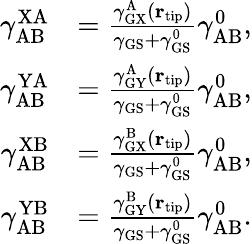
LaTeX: \begin{array}{rl}{\gamma_{\mathrm{AB}}^{\mathrm{XA}}}&{=\frac{\gamma_{\mathrm{GX}}^{\mathrm{A}}({\mathbf r}_{\mathrm{tip}})}{\gamma_{\mathrm{GS}}+\gamma_{\mathrm{GS}}^{0}}\gamma_{\mathrm{AB}}^{0},}\\ {\gamma_{\mathrm{AB}}^{\mathrm{YA}}}&{=\frac{\gamma_{\mathrm{GY}}^{\mathrm{A}}({\mathbf r}_{\mathrm{tip}})}{\gamma_{\mathrm{GS}}+\gamma_{\mathrm{GS}}^{0}}\gamma_{\mathrm{AB}}^{0},}\\ {\gamma_{\mathrm{AB}}^{\mathrm{XB}}}&{=\frac{\gamma_{\mathrm{GX}}^{\mathrm{B}}({\mathbf r}_{\mathrm{tip}})}{\gamma_{\mathrm{GS}}+\gamma_{\mathrm{GS}}^{0}}\gamma_{\mathrm{AB}}^{0},}\\ {\gamma_{\mathrm{AB}}^{\mathrm{YB}}}&{=\frac{\gamma_{\mathrm{GY}}^{\mathrm{B}}({\mathbf r}_{\mathrm{tip}})}{\gamma_{\mathrm{GS}}+\gamma_{\mathrm{GS}}^{0}}\gamma_{\mathrm{AB}}^{0}.}\end{array}